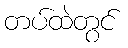
တပ်ထဲတွင်